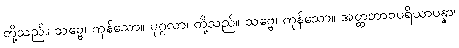
တို့သည်။ သဗ္ဗေ၊ ကုန်သော။ ပုဂ္ဂလာ၊ တို့သည်။ သဗ္ဗေ၊ ကုန်သော။ အတ္တဘာဝပရိယာပန္နာ၊